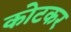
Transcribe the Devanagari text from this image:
कोटकर